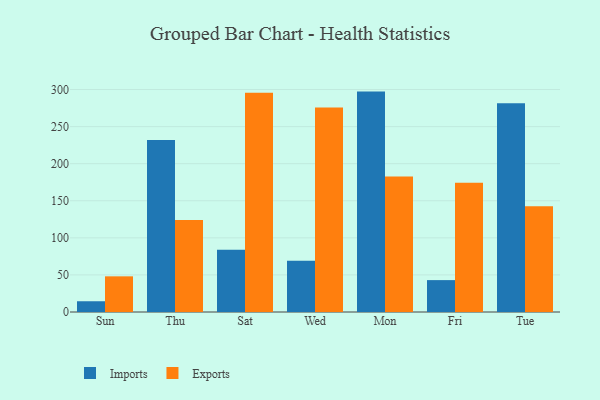
{"axis": {"x": "Day", "y": "Revenue (USD Million)"}, "legend": ["Exports", "Imports"], "data": [{"x": "Sun", "y": 14.5, "type": "Imports"}, {"x": "Sun", "y": 48.1, "type": "Exports"}, {"x": "Thu", "y": 231.9, "type": "Imports"}, {"x": "Thu", "y": 124.2, "type": "Exports"}, {"x": "Sat", "y": 83.8, "type": "Imports"}, {"x": "Sat", "y": 295.5, "type": "Exports"}, {"x": "Wed", "y": 69.1, "type": "Imports"}, {"x": "Wed", "y": 275.9, "type": "Exports"}, {"x": "Mon", "y": 297.2, "type": "Imports"}, {"x": "Mon", "y": 182.8, "type": "Exports"}, {"x": "Fri", "y": 43.0, "type": "Imports"}, {"x": "Fri", "y": 174.2, "type": "Exports"}, {"x": "Tue", "y": 281.5, "type": "Imports"}, {"x": "Tue", "y": 142.6, "type": "Exports"}]}